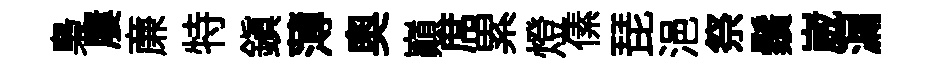
梟屢亷特鎮薄奥巔席累燈傃琵浥祭鬚崴漏